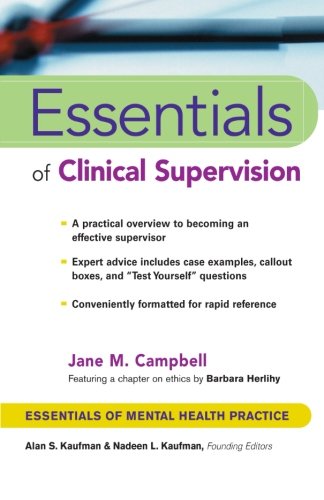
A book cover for Essentials of Clinical Supervision (Essentials of Mental Health Practice); Jane M. Campbell; Medical Books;